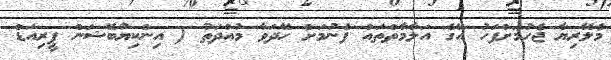
މެލޭރިޔާ ޖެހުމަށްފަހު އޭގެ އަލާމާތްތައް ފެނުމަށް ހޭދަވާ މުއްދަތު ( އިންކިޔުބޭޝަން ޕީރިއަޑް